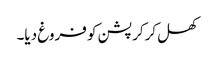
کھل کرکرپشن کو فروغ دیا۔